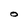
Character: O